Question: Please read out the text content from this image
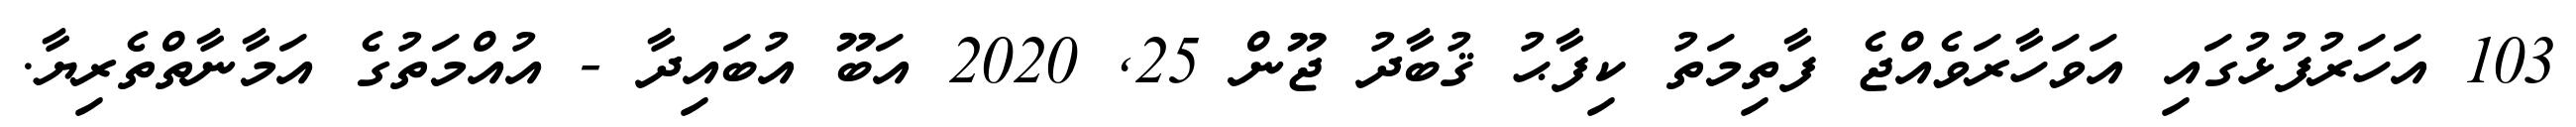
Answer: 103 އަހަރުފުޅުގައި އަވަހާރަވެއްޖެ ފާތިމަތު ކިފާޙު ޤުބާދު ޖޫން 25, 2020 އަބޫ އުބައިދާ - އުއްމަތުގެ އަމާނާތްތެރިޔާ.